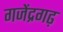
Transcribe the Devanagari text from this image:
गजेंद्रगढ़